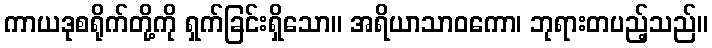
ကာယဒုစရိုက်တို့ကို ရှက်ခြင်းရှိသော။ အရိယာသာဝကော၊ ဘုရားတပည့်သည်။